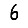
Digit: 6